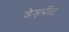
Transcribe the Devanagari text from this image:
डेड्बीट